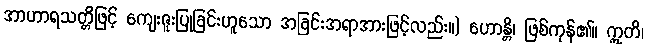
အာဟာရသတ္တိဖြင့် ကျေးဇူးပြုခြင်းဟူသော အခြင်းအရာအားဖြင့်လည်း။) ဟောန္တိ၊ ဖြစ်ကုန်၏။ ဣတိ၊